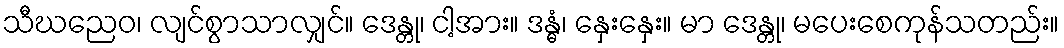
သီဃညေဝ၊ လျင်စွာသာလျှင်။ ဒေန္တု၊ ငါ့အား။ ဒန္ဓံ၊ နှေးနှေး။ မာ ဒေန္တု၊ မပေးစေကုန်သတည်း။